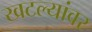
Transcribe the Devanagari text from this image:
खटल्यांवर